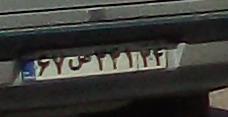
۶۷ص۳۴۱۳۴